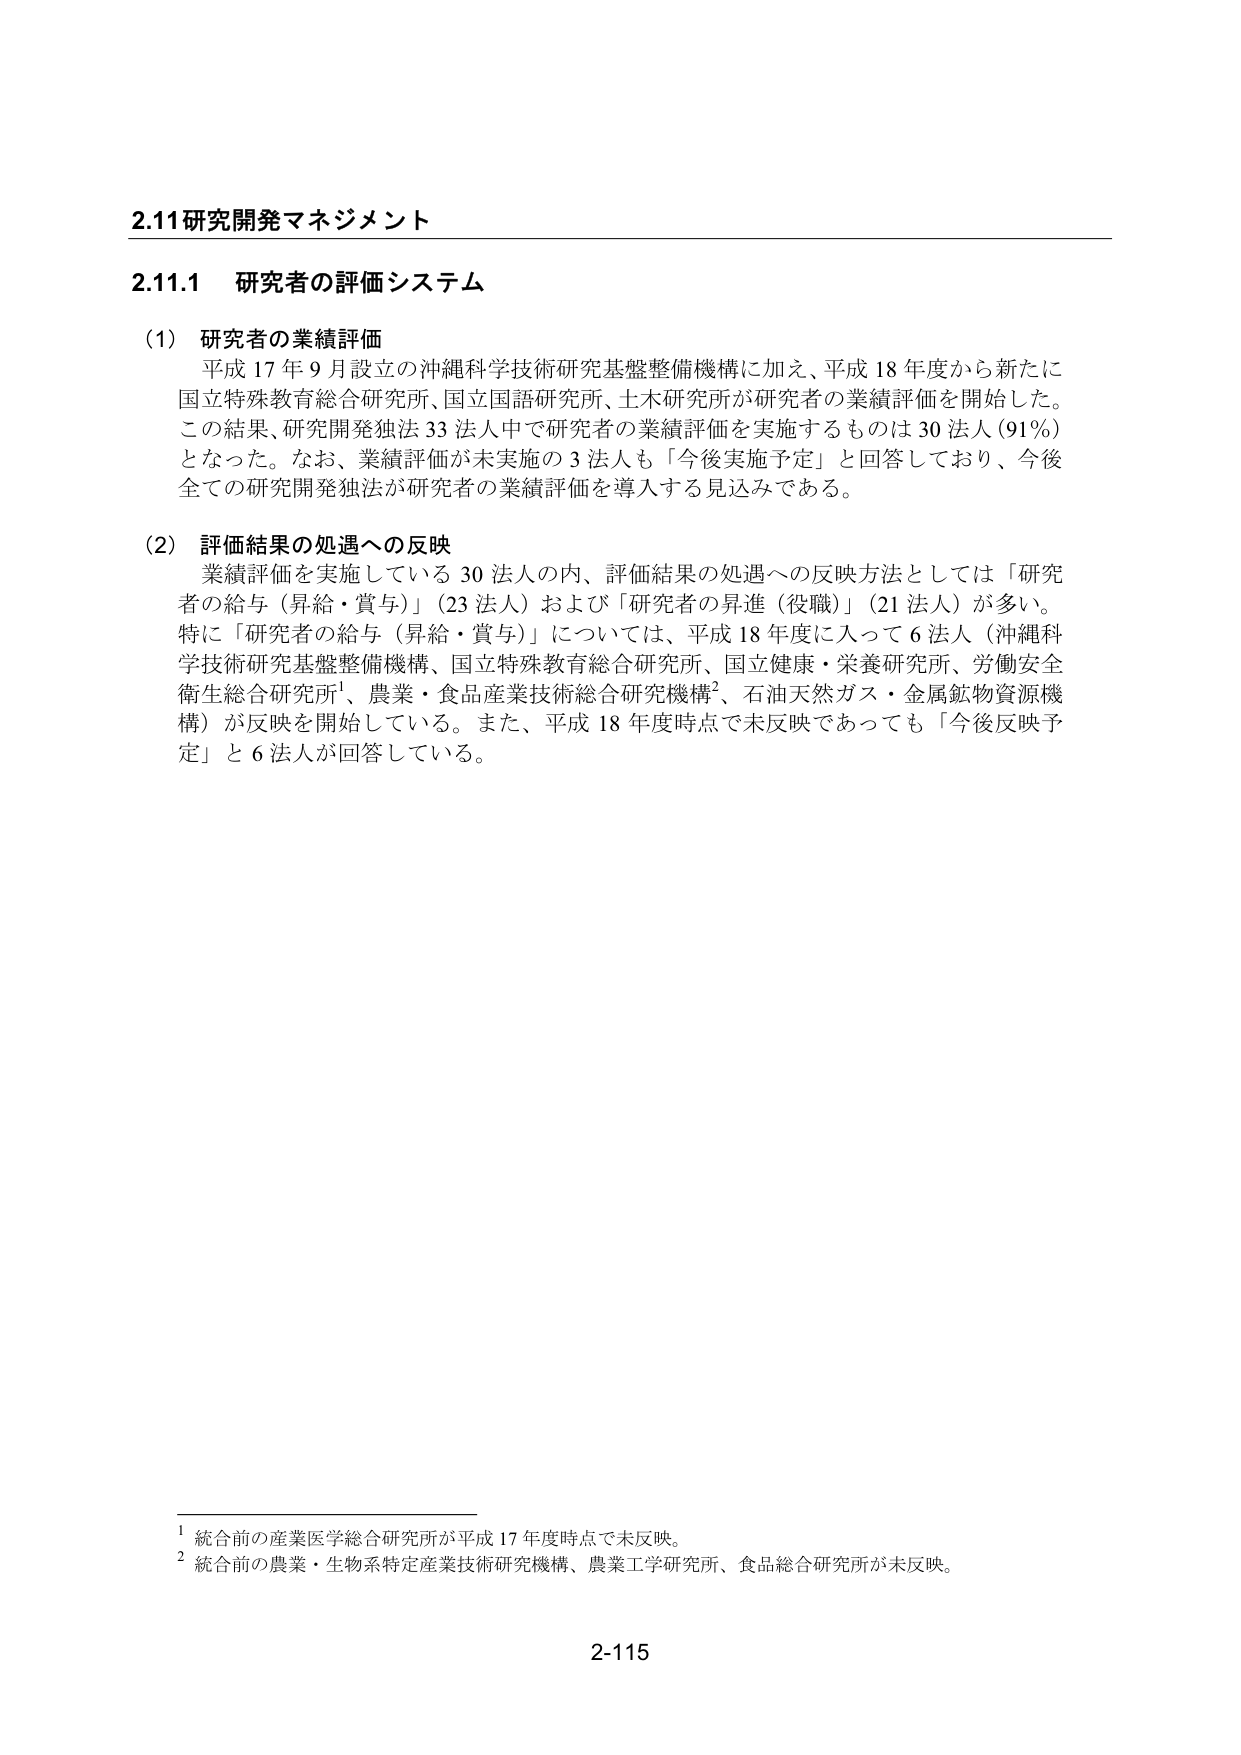
2.11 研究開発マネジメント

2.11.1 研究者の評価システム

(1) 研究者の業績評価
平成 17 年 9 月設立の沖縄科学技術研究基盤整備機構に加え、平成 18 年度から新たに
国立特殊教育総合研究所、国立国語研究所、土木研究所が研究者の業績評価を開始した。
この結果、研究開発独法 33 法人中で研究者の業績評価を実施するものは 30 法人 (91％)
となった。なお、業績評価が未実施の 3 法人も「今後実施予定」と回答しており、今後
全ての研究開発独法が研究者の業績評価を導入する見込みである。

(2) 評価結果の処遇への反映
業績評価を実施している 30 法人の内、評価結果の処遇への反映方法としては「研究
者の給与（昇給・賞与）」（23 法人）および「研究者の昇進（役職）」（21 法人）が多い。
特に「研究者の給与（昇給・賞与）」については、平成 18 年度に入って 6 法人（沖縄科
学技術研究基盤整備機構、国立特殊教育総合研究所、国立健康・栄養研究所、労働安全
衛生総合研究所¹、農業・食品産業技術総合研究機構²、石油天然ガス・金属鉱物資源機
構）が反映を開始している。また、平成 18 年度時点で未反映であっても「今後反映予
定」と 6 法人が回答している。

¹ 統合前の産業医学総合研究所が平成 17 年度時点で未反映。
² 統合前の農業・生物系特定産業技術研究機構、農業工学研究所、食品総合研究所が未反映。

2-115